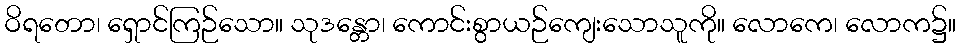
ဝိရတော၊ ရှောင်ကြဉ်သော။ သုဒန္တော၊ ကောင်းစွာယဉ်ကျေးသောသူကို။ လောကေ၊ လောက၌။